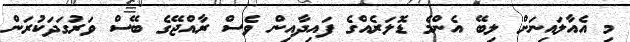
މި އެއާލައިނަށް ލިބޭ އެންމެ ޑޮލަރެއްގެ ފައިދާއިން ވެސް ރާއްޖޭގެ ބޭސް ވަރުގަދަކުރަން